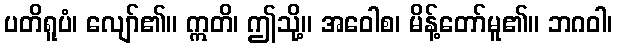
ပတိရူပံ၊ လျော်၏။ ဣတိ၊ ဤသို့။ အဝေါစ၊ မိန့်တော်မူ၏။ ဘဂဝါ၊